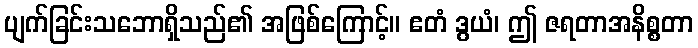
ပျက်ခြင်းသဘောရှိသည်၏ အဖြစ်ကြောင့်။ ဧတံ ဒွယံ၊ ဤ ဇရတာအနိစ္စတာ